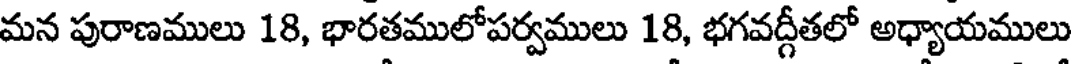
మన పురాణములు 18, భారతములోపర్వములు 18, భగవద్గీతలో అధ్యాయములు